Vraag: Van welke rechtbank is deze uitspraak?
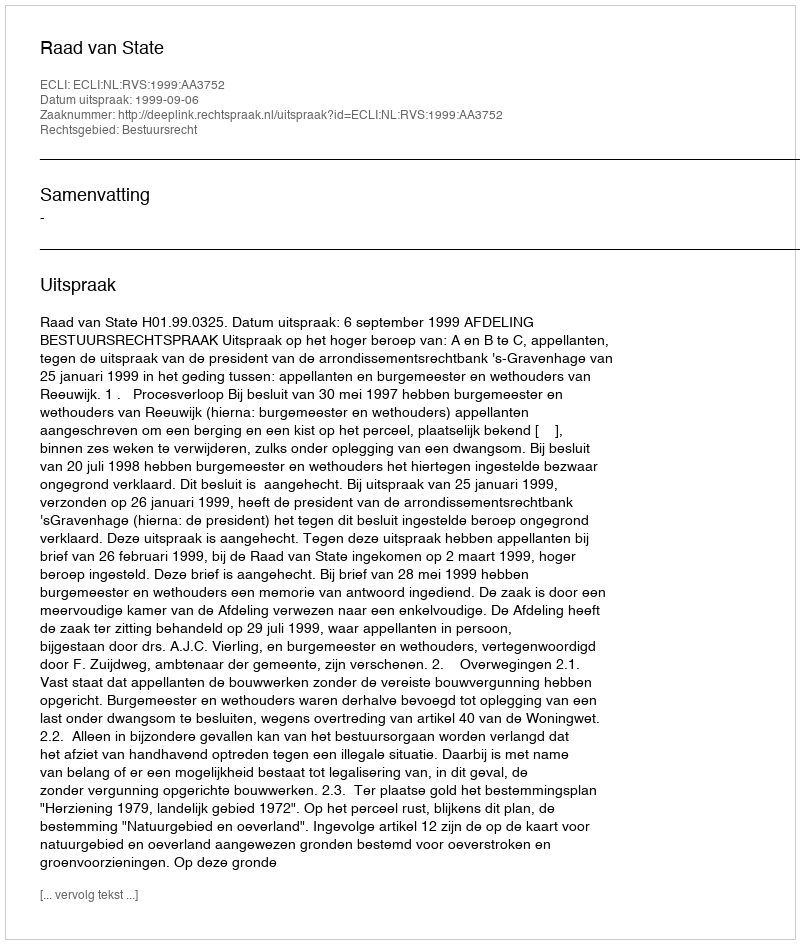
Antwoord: Raad van State